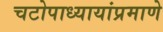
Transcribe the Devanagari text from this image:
चटोपाध्यायांप्रमाणे